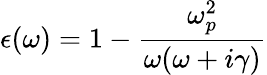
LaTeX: \epsilon(\omega)=1-\frac{\omega_{p}^{2}}{\omega(\omega+i\gamma)}